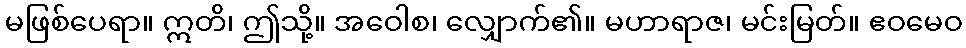
မဖြစ်ပေရာ။ ဣတိ၊ ဤသို့။ အဝေါစ၊ လျှောက်၏။ မဟာရာဇ၊ မင်းမြတ်။ ဧဝမေဝ